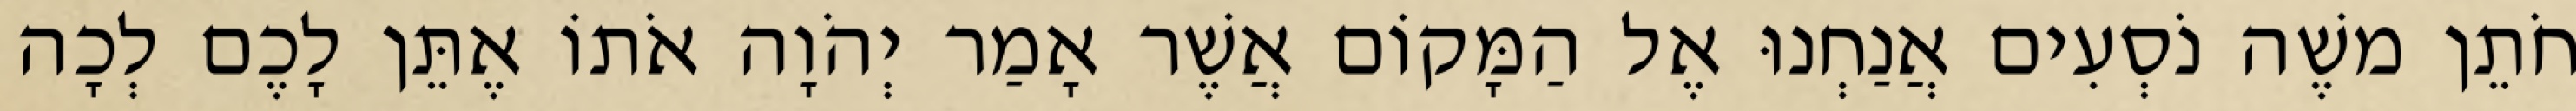
חֹתֵן משֶׁה נֹסְעִים אֲנַחְנוּ אֶל הַמָּקוֹם אֲשֶׁר אָמַר יְהֹוָה אֹתוֹ אֶתֵּן לָכֶם לְכָה